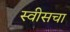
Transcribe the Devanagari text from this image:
स्वीसचा